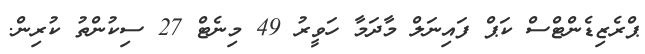
ޕްރެޒިޑެންޓްސް ކަޕް ފައިނަލް މާދަމާ ހަވީރު 49 މިނެޓް 27 ސިކުންތު ކުރިން.